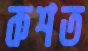
কশত